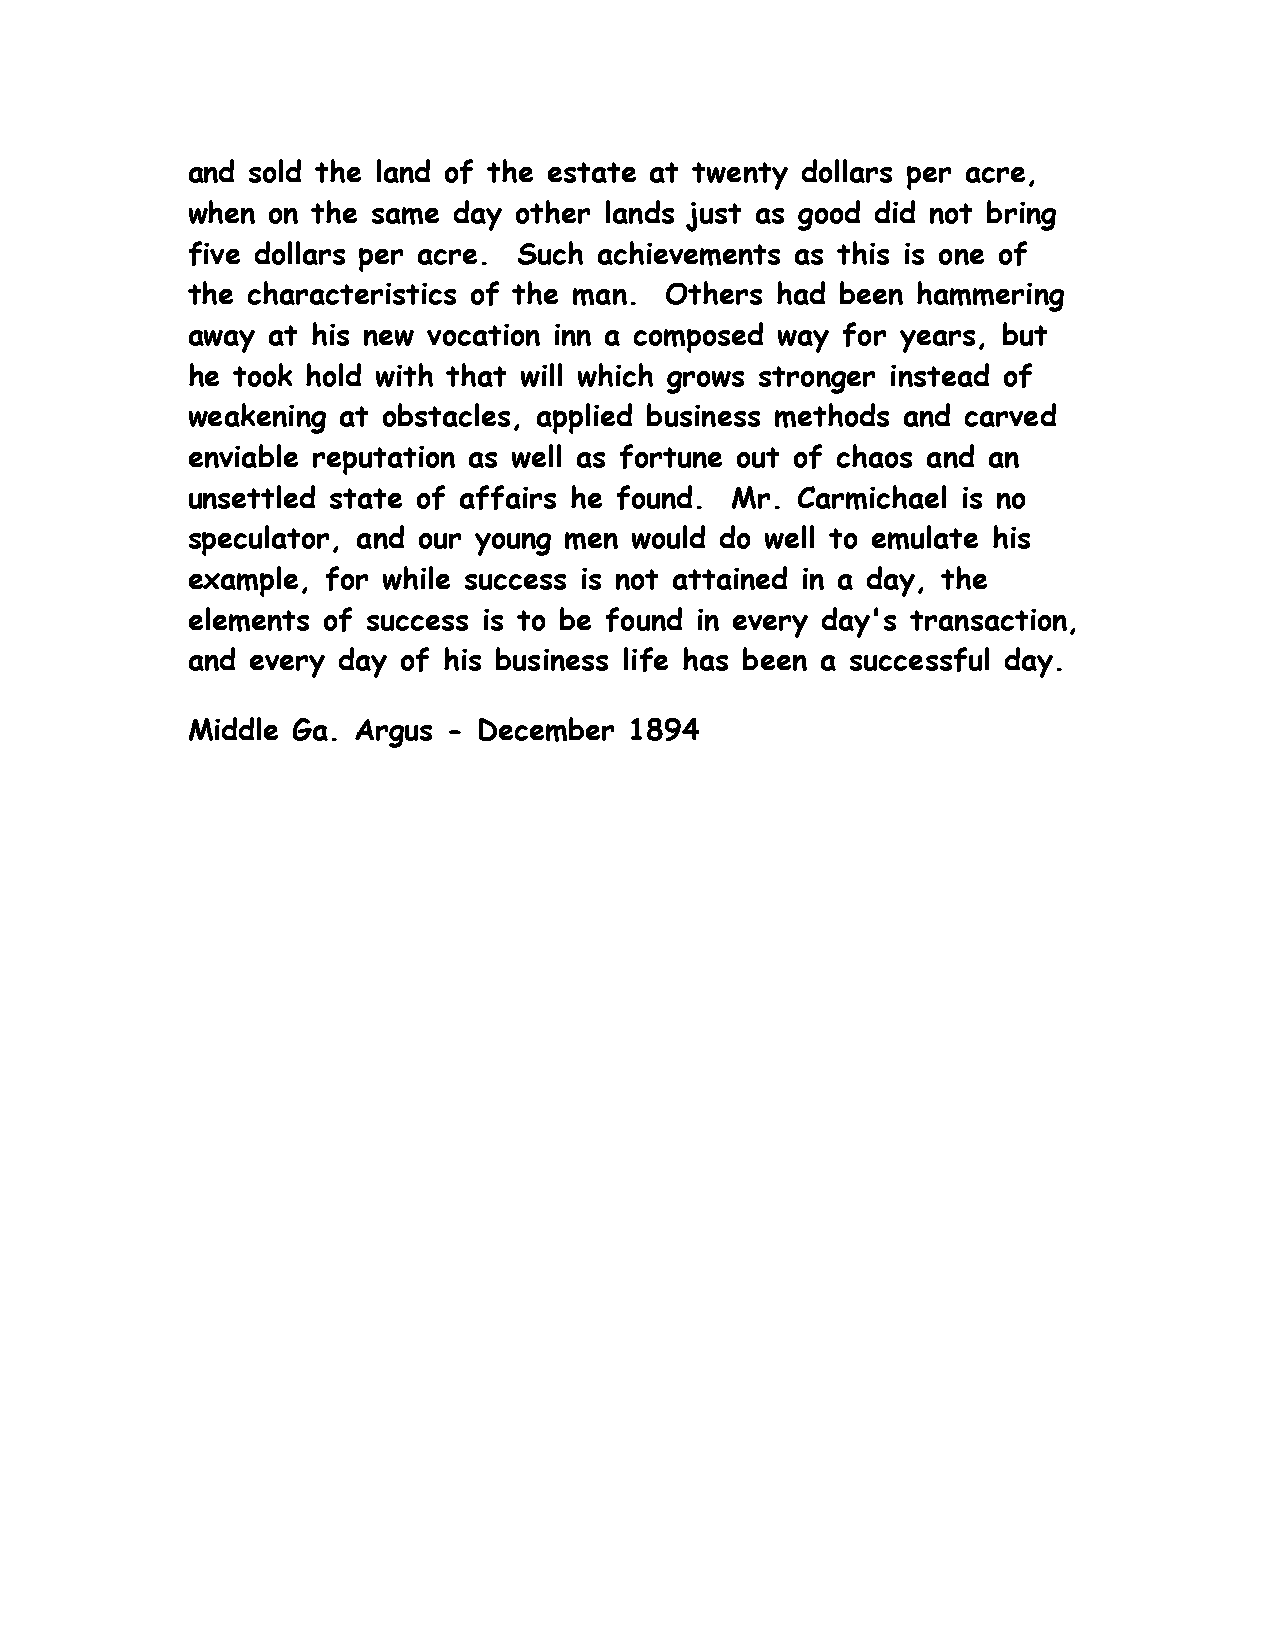
and sold the land of the estate at twenty dollars per acre,
 when  on the same day other lands just as good did not bring
 five dollars per acre. Such achievements as this is one of
 the characteristics of the man. Others had  been hammering
 away  at his new vocation inn a composed way for years, but
 he took hold with that will which grows stronger instead of
 weakening at obstacles, applied business methods and carved
 enviable reputation as well as fortune out of chaos and an
 unsettled state of affairs he found. Mr. Carmichael is no
 speculator, and our young men would do well to emulate his
 example,  for while success is not attained in a day, the
 elements of success is to be found in every day's transaction,
 and every day  of his business life has been a successful day.
 Middle Ga. Argus  - December  1894